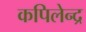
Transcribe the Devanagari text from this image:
कपिलेन्द्र